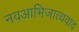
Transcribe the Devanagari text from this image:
नवआभिजात्यवाद